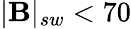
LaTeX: |\mathbf{B}|_{sw}<70